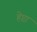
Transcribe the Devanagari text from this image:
हेप्टा